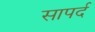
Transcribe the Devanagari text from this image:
सापर्द